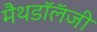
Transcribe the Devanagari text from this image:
मैथडॉलॅजी